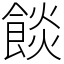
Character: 餤